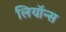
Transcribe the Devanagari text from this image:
लियॉन्स